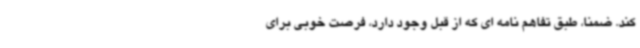
کند. ضمنا، طبق تفاهم نامه ای که از قبل وجود دارد، فرصت خوبی برای